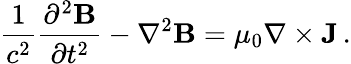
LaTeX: {\frac{1}{c^{2}}}{\frac{\partial^{2}\mathbf{B}}{\partial t^{2}}}-\nabla^{2}\mathbf{B}=\mu_{0}\nabla\times\mathbf{J}\, .